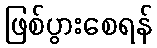
ဖြစ်ပွားစေရန်